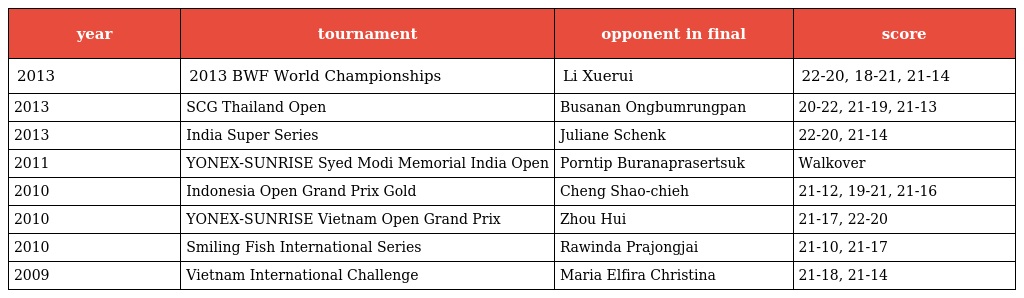
| year | tournament | opponent in final | score |
 | --- | --- | --- | --- |
 | 2013 | 2013 BWF World Championships | Li Xuerui | 22-20, 18-21, 21-14 |
 | 2013 | SCG Thailand Open | Busanan Ongbumrungpan | 20-22, 21-19, 21-13 |
 | 2013 | India Super Series | Juliane Schenk | 22-20, 21-14 |
 | 2011 | YONEX-SUNRISE Syed Modi Memorial India Open | Porntip Buranaprasertsuk | Walkover |
 | 2010 | Indonesia Open Grand Prix Gold | Cheng Shao-chieh | 21-12, 19-21, 21-16 |
 | 2010 | YONEX-SUNRISE Vietnam Open Grand Prix | Zhou Hui | 21-17, 22-20 |
 | 2010 | Smiling Fish International Series | Rawinda Prajongjai | 21-10, 21-17 |
 | 2009 | Vietnam International Challenge | Maria Elfira Christina | 21-18, 21-14 |